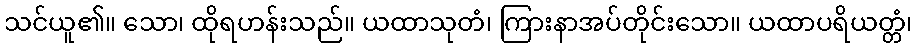
သင်ယူ၏။ သော၊ ထိုရဟန်းသည်။ ယထာသုတံ၊ ကြားနာအပ်တိုင်းသော။ ယထာပရိယတ္တံ၊